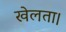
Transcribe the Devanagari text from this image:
खेलता।